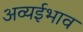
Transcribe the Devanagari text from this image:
अव्यईभाव